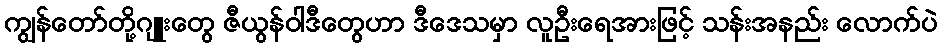
ကျွန်တော်တို့ဂျူးတွေ ဇီယွန်ဝါဒီတွေဟာ ဒီဒေသမှာ လူဦးရေအားဖြင့် သန်းအနည်း လောက်ပဲ